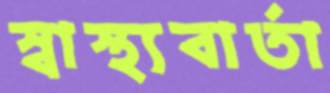
স্বাস্থ্যবার্তা